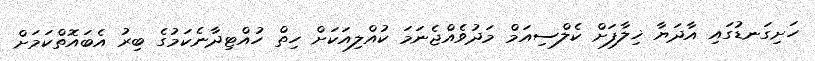
ހަށިގަނޑުގައި އާދަޔާ ޚިލާފަށް ކެލްސިއަމް މަދުވެއްޖެނަމަ ކުއްލިއަކަށް ހިތް ހުއްޓިދާނެކަމުގެ ބިރު އެބައޮތްކަމަށް